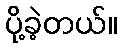
ပို့ခဲ့တယ်။